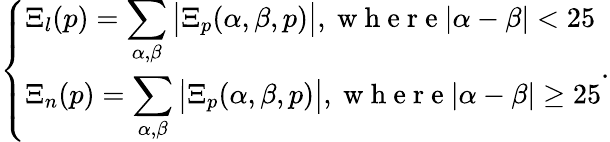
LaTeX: \left\{ \begin{array}{ll}{\Xi_{l}(p)=\displaystyle\sum_{\alpha,\beta}\big\vert\Xi_{p}(\alpha,\beta,p)\big\vert,\mathrm{~w~h~e~r~e~}\vert\alpha-\beta\vert<25}\\ {\Xi_{n}(p)=\displaystyle\sum_{\alpha,\beta}\big\vert\Xi_{p}(\alpha,\beta,p)\big\vert,\mathrm{~w~h~e~r~e~}\vert\alpha-\beta\vert\ge 25}\end{array}\right..